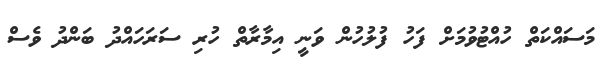
މަސައްކަތް ހުއްޓުވުމަށް ފަހު ފުލުހުން ވަނީ އިމާރާތް ހުރި ސަރަހައްދު ބަންދު ވެސް